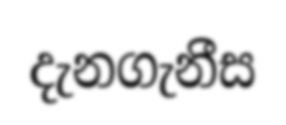
දැනගැනීස